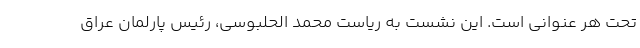
تحت هر عنوانی است. این نشست به ریاست محمد الحلبوسی، رئیس پارلمان عراق